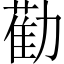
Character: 𭄿